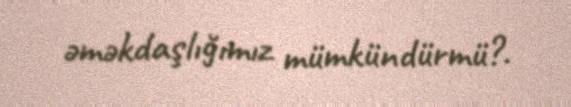
əməkdaşlığımız mümkündürmü?.